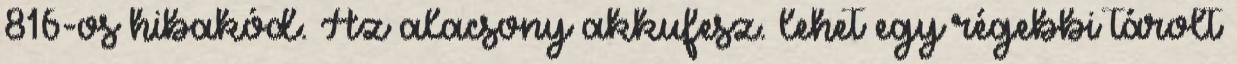
816-os hibakód. Az alacsony akkufesz. lehet egy régebbi tárolt